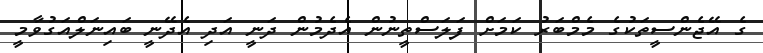
ގެ އޭޖެންސީތަކުގެ މެމްބަރު ކަމަށް ފަލަސްތީނުން އެދެމުން ދަނީ އަދި އެދޭނީ ބައިނަލްއަގުވާމީ